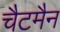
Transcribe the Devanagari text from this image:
चैटमैन